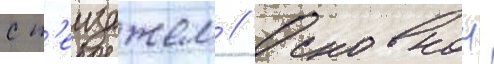
с п'еизажем // Основнои